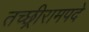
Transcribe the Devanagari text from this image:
तच्छ्रीरामपदे